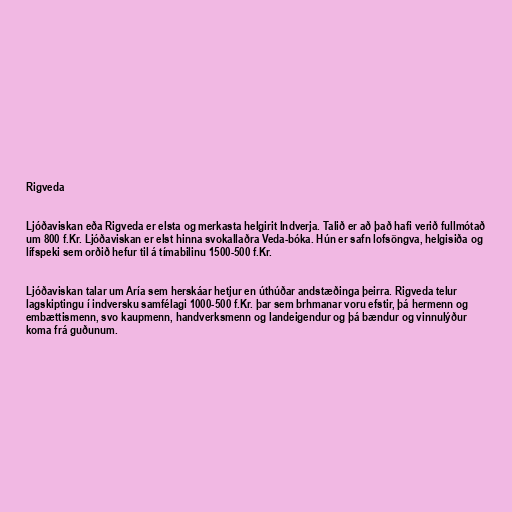
Rigveda

Ljóðaviskan eða Rigveda er elsta og merkasta helgirit Indverja. Talið er að það hafi verið fullmótað
um 800 f.Kr. Ljóðaviskan er elst hinna svokallaðra Veda-bóka. Hún er safn lofsöngva, helgisiða og
lífspeki sem orðið hefur til á tímabilinu 1500-500 f.Kr.

Ljóðaviskan talar um Aría sem herskáar hetjur en úthúðar andstæðinga þeirra. Rigveda telur
lagskiptingu í indversku samfélagi 1000-500 f.Kr. þar sem brhmanar voru efstir, þá hermenn og
embættismenn, svo kaupmenn, handverksmenn og landeigendur og þá bændur og vinnulýður
koma frá guðunum.